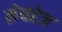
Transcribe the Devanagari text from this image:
लेयरेज